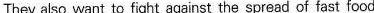
They also want to fight against the spread of fast food